Sketch of the medical history of the native army of Bombay, for the year
Year: 1876
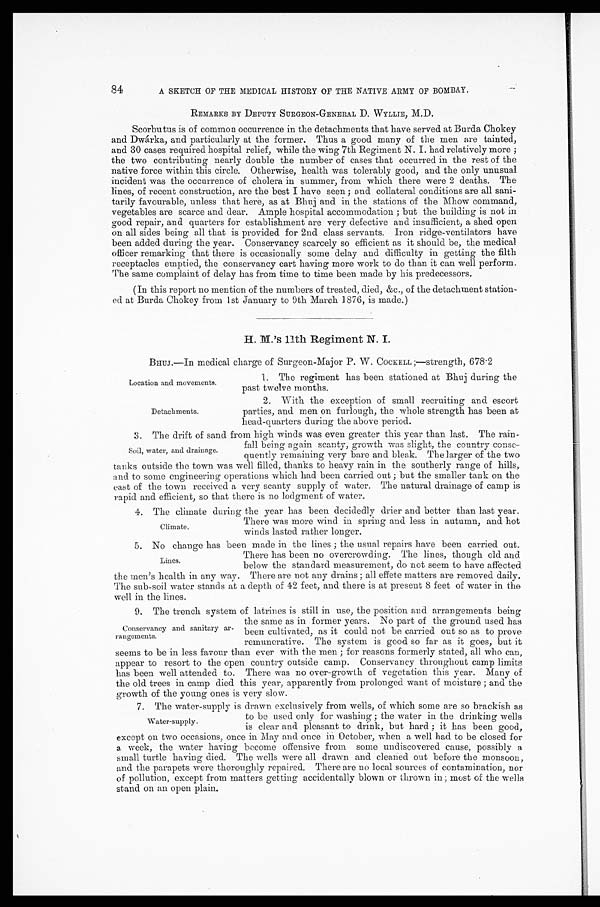
Location and movements.
Detachments
84
A SKETCH OF THE MEDICAL HISTORY OF THE NATIVE ARMY OF BOMBAY.
REMARKS BY DEPUTY SURGEON-GENERAL D. WYLLIE, M.D.
Scorbutus is of common occurrence in the detachments that have served at Burda Chokey
and Dwárka, and particularly at the former. Thus a good many of the men are tainted,
and 30 cases required hospital relief, while the wing 7th Regiment N. I. had relatively more;
the two contributing nearly double the number of cases that occurred in the rest of the
native force within this circle. Otherwise, health was tolerably good, and the only unusual
incident was the occurrence of cholera in summer, from which there were 2 deaths. The
lines, of recent construction, are the best I have seen; and collateral conditions are all sani
-tarily favourable, unless that here, as at Bhuj and in the stations of the Mhow command,
vegetables are scarce and dear. Ample hospital accommodation; but the building is not in
good repair, and quarters for establishment are very defective and insufficient, a shed open
on all sides being all that is provided for 2nd class servants. Iron ridge-ventilators have
been added during the year. Conservancy scarcely so efficient as it should be, the medical
officer remarking that there is occasionally some delay and difficulty in getting the filth
receptacles emptied, the conservancy cart having more work to do than it can well perform.
The same complaint of delay has from time to time been made by his predecessors.
(In this report no mention of the numbers of treated, died, &c., of the detachment station-
ed at Burda Chokey from 1st January to 9th March 1876, is made.)
H. M.'s 11th Regiment N. I.
BHUJ.—In medical charge of Surgeon-Major P. W. COCKELL ;—strength, 678.2
1. The regiment has been stationed at Bhuj during the
past twelve months.
2. With the exception of small recruiting and escort
parties, and men on furlough, the whole strength has been at
head-quarters during the above period.
3. The drift of sand from high winds was even greater this year than last. The rain
-fall being again scanty, growth was slight, the country conse
-quently remaining very bare and bleak. The larger of the two
tanks outside the town was well filled, thanks to heavy rain in the southerly range of hills,
and to some engineering operations which had been carried out; but the smaller tank on the
east of the town received a very scanty supply of water. The natural drainage of camp is
rapid and efficient, so that there is no lodgment of water.
4 . T h e c l i m a t e d u r i n g t h e y e a r h a s b e e n d e c i d e d l y d r i e r a n d b e t t e r t h a n l a s t y e a r .
There was more wind in spring and less in autumn, and hot
winds lasted rather longer.
5. No change has been made in the lines; the usual repairs have been carried out.
There has been no overcrowding. The lines, though old and
below the standard measurement, do not seem to have affected
the men's health in any way. There are not any drains; all effete matters are removed daily.
The sub-soil water stands at a depth of 42 feet, and there is at present 8 feet of water in the
well in the lines.
9. The trench system of latrines is still in use, the position and arrangements being
the same as in former years. No part of the ground used has
been cultivated, as it could not be carried out so as to prove
remunerative. The system is good so far as it goes, but it
seems to be in less favour than ever with the men; for reasons formerly stated, all who can,
appear to resort to the open country outside camp. Conservancy throughout camp limits.
has been well attended to. There was no over-growth of vegetation this year. Many of
the old trees in camp died this year, apparently from prolonged want of moisture; and the
growth of the young ones is very slow.
7. The water-supply is drawn exclusively from wells, of which some are so brackish as
to be used only for washing; the water in the drinking wells
is clear and pleasant to drink, but hard; it has been good,
except on two occasions, once in May acid once in October, when a well had to be closed for
a week, the water having become offensive from some undiscovered cause, possibly a
small turtle having died. The wells were all drawn and cleaned out before the monsoon,
and the parapets were thoroughly repaired. There are no local sources of contamination, nor
of pollution, except from matters getting accidentally blown or thrown in; most of the wells
stand on an open plain.
Soil, water, and drainage.
Climate.
Lines.
Conservancy and sanitary ar
-rangements.
Water-supply.